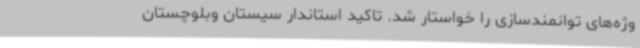
وژه‌های توانمندسازی را خواستار شد. تاکید استاندار سیستان وبلوچستان